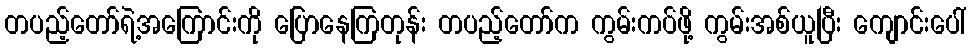
တပည့်တော်ရဲ့အကြောင်းကို ပြောနေကြတုန်း တပည့်တော်က ကွမ်းကပ်ဖို့ ကွမ်းအစ်ယူပြီး ကျောင်းပေါ်